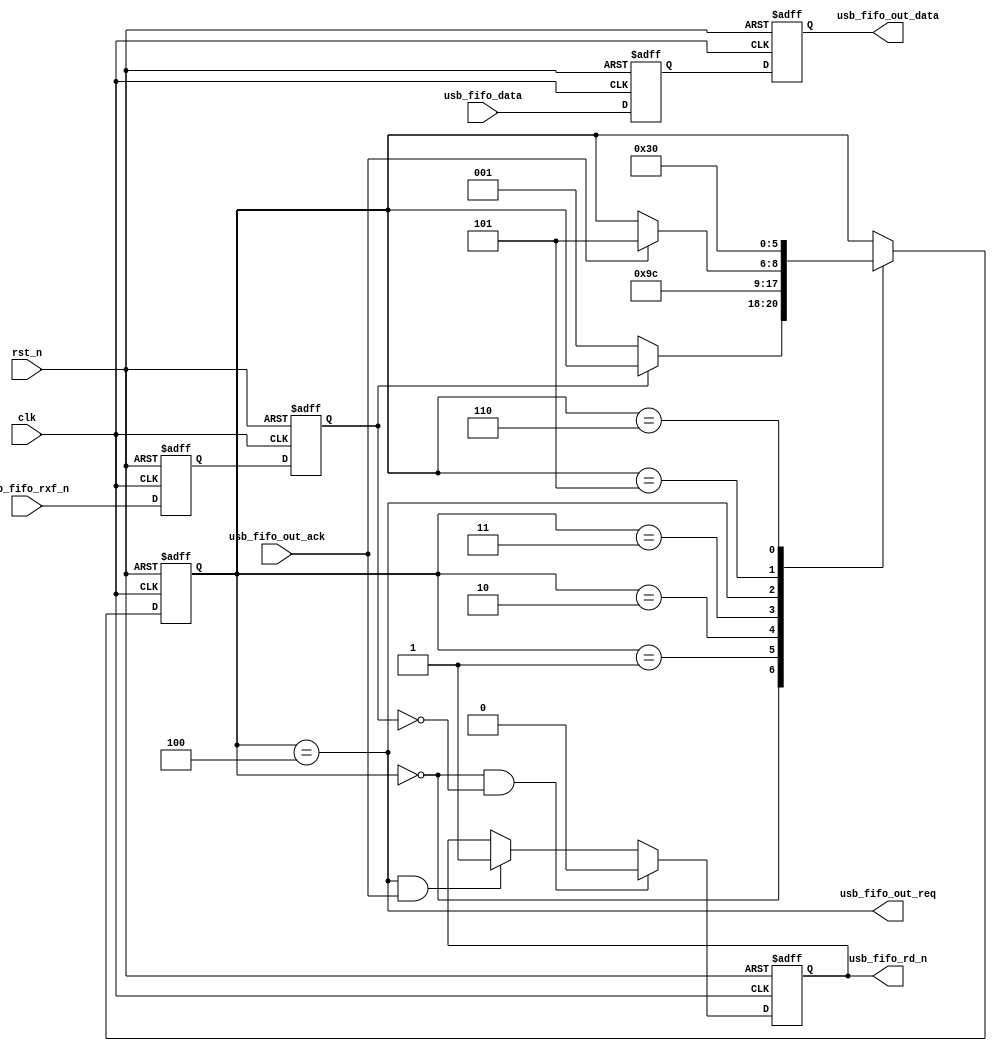
module zl_usb_fifo
(
    input clk,
    input rst_n,
    //
    input        usb_fifo_rxf_n,
    output reg   usb_fifo_rd_n,
    input  [7:0] usb_fifo_data,
    //
    output       usb_fifo_out_req,
    input        usb_fifo_out_ack,
    output [7:0] usb_fifo_out_data
);

reg usb_fifo_rxf_n_d1;
reg usb_fifo_rxf_n_d2;

reg [7:0] usb_fifo_data_d1;
reg [7:0] usb_fifo_data_d2;

// synchronize usb_fifo_rxf_n into main clk domain
always @(posedge clk or negedge rst_n) begin
    if(!rst_n) begin
        usb_fifo_rxf_n_d1 <= 1'b1;
        usb_fifo_rxf_n_d2 <= 1'b1;
        //
        usb_fifo_data_d1 <= 8'b0;
        usb_fifo_data_d2 <= 8'b0;
    end
    else begin
        usb_fifo_rxf_n_d1 <= usb_fifo_rxf_n;
        usb_fifo_rxf_n_d2 <= usb_fifo_rxf_n_d1;
        //
        usb_fifo_data_d1 <= usb_fifo_data;
        usb_fifo_data_d2 <= usb_fifo_data_d1;
    end
end

// main state machine
localparam S_wait_for_rxf = 0;
localparam S_assert_rd = 1;
localparam S_data_sync_wait_1 = 2;
localparam S_data_sync_wait_2 = 3;
localparam S_capture_data = 4;
localparam S_wait_rxf_sync_flush_1 = 5;
localparam S_wait_rxf_sync_flush_2 = 6;

reg [2:0] fifo_state;
always @(posedge clk or negedge rst_n) begin
    if(!rst_n) begin
        fifo_state <= S_wait_for_rxf;
    end
    else begin
        case (fifo_state)
            S_wait_for_rxf: begin
                if(!usb_fifo_rxf_n_d2) begin
                    fifo_state <= S_assert_rd;
                end
            end
            S_assert_rd: begin
                fifo_state <= S_data_sync_wait_1;
            end
            S_data_sync_wait_1: begin
                fifo_state <= S_data_sync_wait_2;
            end
            S_data_sync_wait_2: begin
                fifo_state <= S_capture_data;
            end
            S_capture_data: begin
                if(usb_fifo_out_ack) begin
                    fifo_state <= S_wait_rxf_sync_flush_1;
                end
            end
            S_wait_rxf_sync_flush_1: begin
                fifo_state <= S_wait_rxf_sync_flush_2;
            end
            S_wait_rxf_sync_flush_2: begin
                fifo_state <= S_wait_for_rxf;
            end
        endcase
    end
end

assign usb_fifo_out_req = (fifo_state == S_capture_data);
assign usb_fifo_out_data = usb_fifo_data_d2; 

// not really a fan of "stateful" FSM outputs - but in this case
// want to make sure that usb_fifo_rd_n is driven by a register
// so there aren't any glitches in the output
always @(posedge clk or negedge rst_n) begin
    if(!rst_n) begin
        usb_fifo_rd_n <= 1'b1;
    end
    else begin
        if(fifo_state == S_wait_for_rxf && !usb_fifo_rxf_n_d2) begin
            usb_fifo_rd_n <= 1'b0;
        end
        else if(fifo_state == S_capture_data && usb_fifo_out_ack) begin
            usb_fifo_rd_n <= 1'b1;
        end
    end
end

endmodule